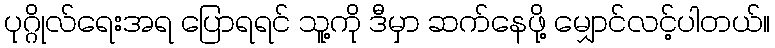
ပုဂ္ဂိုလ်ရေးအရ ပြောရရင် သူ့ကို ဒီမှာ ဆက်နေဖို့ မျှောင်လင့်ပါတယ်။